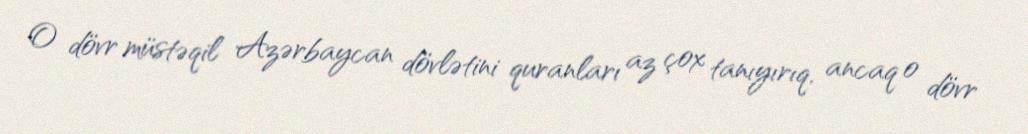
O dövr müstəqil Azərbaycan dövlətini quranları az çox tanıyırıq, ancaq o dövr